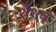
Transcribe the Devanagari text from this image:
शैशवं